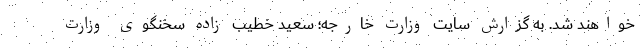
خواهند شد. به گزارش سایت وزارت خارجه؛ سعید خطیب زاده سخنگوی وزارت